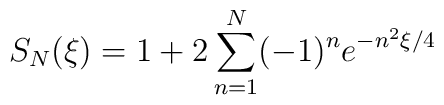
S_N (\xi) =1+ 2\sum_{n=1}^N (-1)^n e^{- n^2 \xi /4}